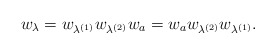
\begin{align*} w_\lambda =w_{\lambda^{(1)}} w_{\lambda^{(2)}} w_a=w_a w_{\lambda^{(2)}} w_{\lambda^{(1)}}. \end{align*}